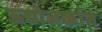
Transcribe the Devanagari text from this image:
ऊद्योजकांत